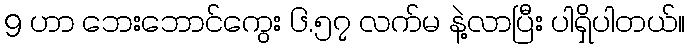
9 ဟာ ဘေးဘောင်ကွေး ၆.၅၇ လက်မ နဲ့လာပြီး ပါရှိပါတယ်။